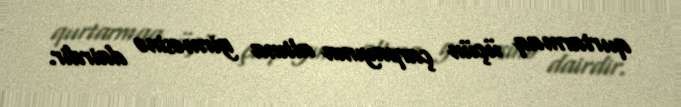
qurtarmaq üçün çarpayının altına girməsinə dairdir.